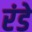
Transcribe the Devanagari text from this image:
रंडे